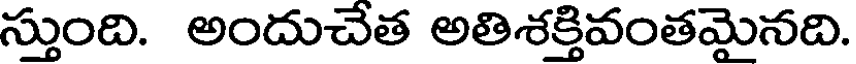
స్తుంది. అందుచేత అతిశక్తివంతమైనది.